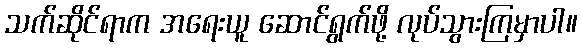
သက်ဆိုင်ရာက အရေးယူ ဆောင်ရွက်ဖို့ လုပ်သွားကြမှာပါ။